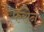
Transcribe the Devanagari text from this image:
फॅरोने